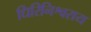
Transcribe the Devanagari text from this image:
धिरिनिश्वराय